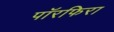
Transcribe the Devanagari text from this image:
पॉरफिरा